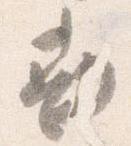
勘